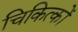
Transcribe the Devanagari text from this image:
चिकित्कों